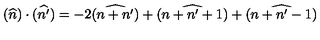
( \widehat { n } ) \cdot ( \widehat { n ^ { \prime } } ) = - 2 ( \widehat { n + n ^ { \prime } } ) + ( \widehat { n + n ^ { \prime } + 1 } ) + ( \widehat { n + n ^ { \prime } - 1 } )